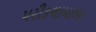
પરીકથામાળા